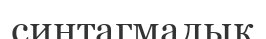
синтагмалық